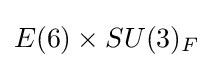
E(6)\times SU(3)_{F}